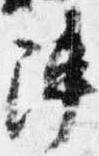
陣